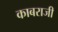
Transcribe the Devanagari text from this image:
काबराजी